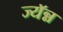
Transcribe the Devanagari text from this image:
ज्यॅन्न